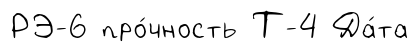
РЭ-6 про́чность Т-4 Да́та